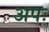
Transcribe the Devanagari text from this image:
अपः